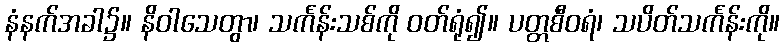
နံနက်အခါ၌။ နိဝါသေတွာ၊ သင်္ကန်းသစ်ကို ဝတ်ရုံ၍။ ပတ္တစီဝရံ၊ သပိတ်သင်္ကန်းကို။